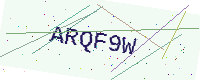
Text: ARQF9W